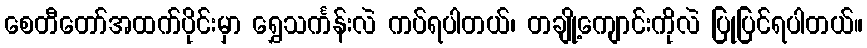
စေတီတော်အထက်ပိုင်းမှာ ရွှေသင်္ကန်းလဲ ကပ်ရပါတယ်၊ တချို့ကျောင်းကိုလဲ ပြုပြင်ရပါတယ်။